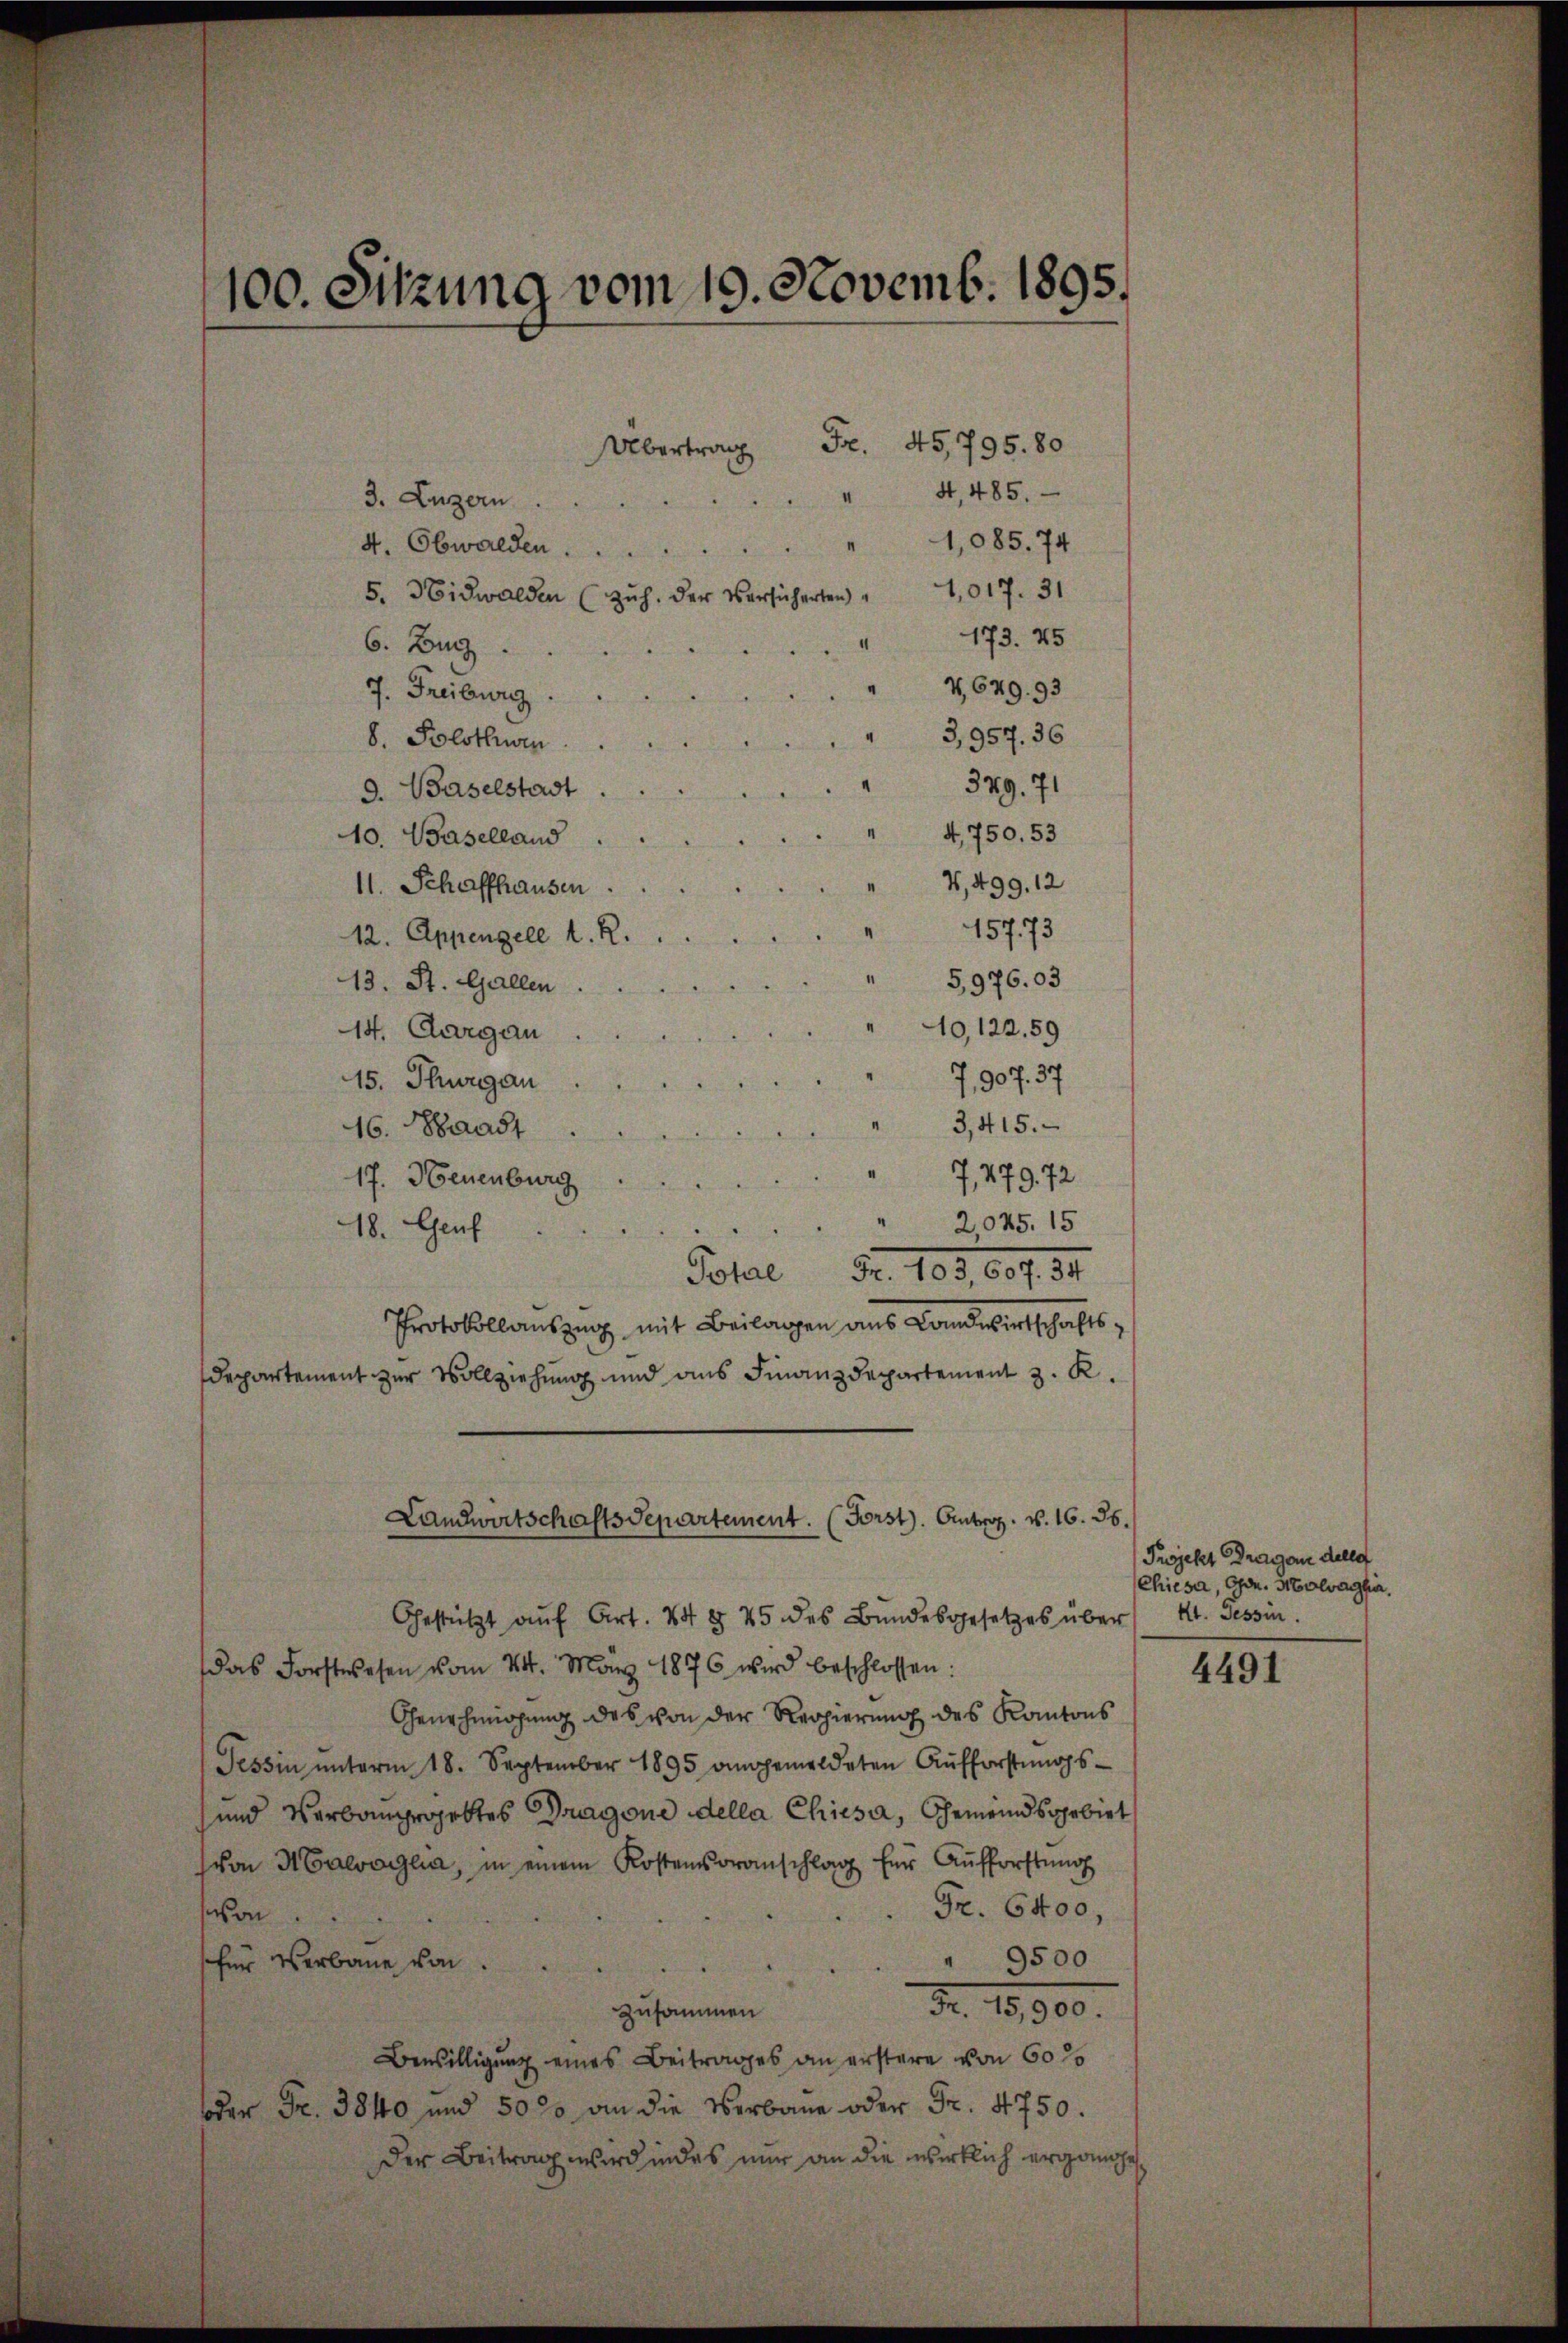
100. Sitzung vom 10. Novemb. 1895.

3. Luzern                                 "  S, 485.
4, Obwalden                "  1,085. 74
5. Nidwalden (Zŭh. der Versicherten " 1017. 31
“
6. Zug

J. Freiburg.
8. Polothwen
9. Baselstadt
10. Baselland
11. Schaffhausen  ..  ..  ..  .. . 4, 499. 12
12. Appenzell l. R.
13. St. Gallen
14. Aargau

15. Thurgau
16. Strast
II
17. Neuenburg

 2,075. 15
18. Genf
d
Total Fr. 103, 607. 34
Protokollauszug mit Beilagen ans Landwirtschafts-
Departement zur Vollziehung und aus Finanzdepartement z. R.

Übertrag Fr. 45,795. 80

173. 45
" V 679. 93
3,957. 36
349. 71
4, 750. 53
157. 73
" 5,976.03
10, 122. 59
7,907. 37
3,415.
7,279. 72

Landwirtschaftsdepartement. (Forst. Antrag. v. 16. 36.

Gestützt aŭf Art. 44 § 25 des Bŭndesgesetzes über
das Forstwesen vom 24. März 1876 wird beschlossen:
Genehmigung des von der Regierung des Kantons
Tessin ŭnterm 18. September 1895 angemeldeten Aŭfforstŭngs-
und Verbangeggettes Dragone della Chiesa, Gemeindsgebiet
(von 4 Calvoglia, in einem Kostensoranschlag für Aŭfforstŭng
Fr. 6400,
son
" 9500
für Verbaue von
Nr. 15,000.
zusammen
Bewilligung eines Beitrages an erstere von 60 %
oder Fr. 3840 und 50 % an die Verbaue oder Fr. 4750.
Der Beitrag wird indes nur an die wirklich ergänge

Projekt Dragan delle
Chiesa, Gen. Molvagha
41. Tessin.

4491